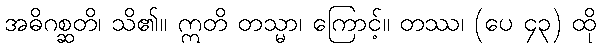
အဓိဂစ္ဆတိ၊ သိ၏။ ဣတိ တသ္မာ၊ ကြောင့်။ တဿ၊ (ပေ ၄၃) ထို